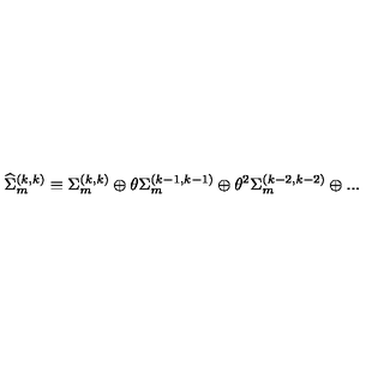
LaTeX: { \widehat \Sigma } _ { m } ^ { ( k , k ) } \equiv \Sigma _ { m } ^ { ( k , k ) } \oplus \theta \Sigma _ { m } ^ { ( k - 1 , k - 1 ) } \oplus \theta ^ { 2 } { \Sigma } _ { m } ^ { ( k - 2 , k - 2 ) } \oplus . . .